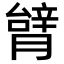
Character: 𦠋